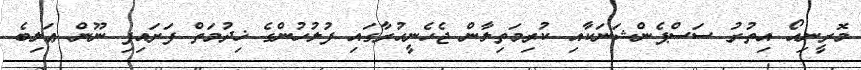
މޮރީނިއޯ އިތުރު ސަސްޕެންޝަނަކާއި ކުރިމަތިލާން ޖެހެނީހުރާގައި ފުލުހުންގެ ޚިދުމަތް ފަށައިފި ނޫން ޢަލިބެ